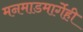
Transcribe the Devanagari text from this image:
मनमाडमार्गेही